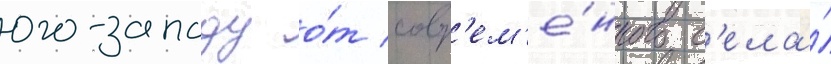
юго-западу о́т совр'ем'е́нного с'ела́